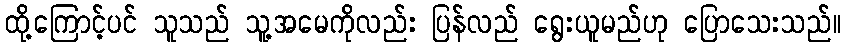
ထို့ကြောင့်ပင် သူသည် သူ့အမေကိုလည်း ပြန်လည် ရွေးယူမည်ဟု ပြောသေးသည်။